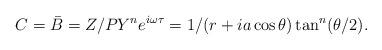
LaTeX: \begin{align*}C= \bar B = Z/P Y^n e^{ i\omega \tau }=1/(r+ia\cos \theta )\tan ^n (\theta /2).\end{align*}